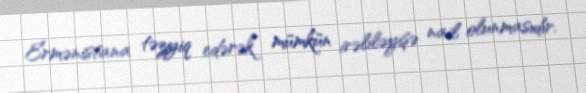
Ermənistana təzyiq edərək mümkün irəliləyişə nail olunmasıdır.